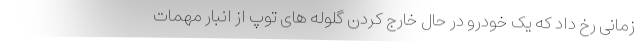
زمانی رخ داد که یک خودرو در حال خارج کردن گلوله های توپ از انبار مهمات